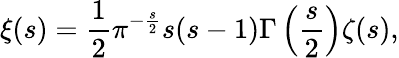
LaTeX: \xi(s)={\frac{1}{2}}\pi^{-{\frac{s}{2}}}s(s-1)\Gamma\left({\frac{s}{2}}\right)\zeta(s),